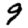
Digit: 9